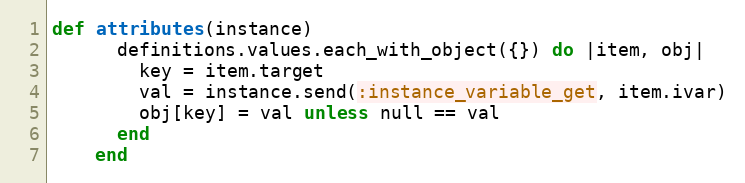
Language: Ruby
def attributes(instance)
      definitions.values.each_with_object({}) do |item, obj|
        key = item.target
        val = instance.send(:instance_variable_get, item.ivar)
        obj[key] = val unless null == val
      end
    end